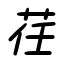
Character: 荏